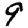
Digit: 9